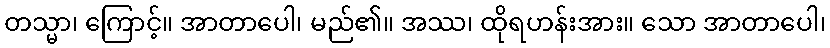
တသ္မာ၊ ကြောင့်။ အာတာပေါ၊ မည်၏။ အဿ၊ ထိုရဟန်းအား။ သော အာတာပေါ၊